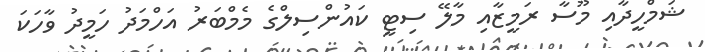
ޝަމްހީދާއި މޫސާ ރަމީޒާއި މާލޭ ސިޓީ ކައުންސިލްގެ މެމްބަރު އަހްމަދު ހަމީދު ވާހަކަ